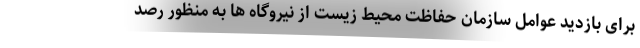
برای بازدید عوامل سازمان حفاظت محیط زیست از نیروگاه ها به منظور رصد